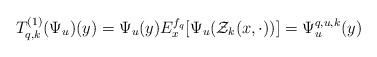
LaTeX: \begin{align*}T_{q,k}^{(1)}(\Psi_u )(y)=\Psi_u (y)E_{x}^{f_{q}} [\Psi_u(\mathcal Z_k(x,\cdot))]=\Psi_{u}^{q,u,k} (y) \end{align*}